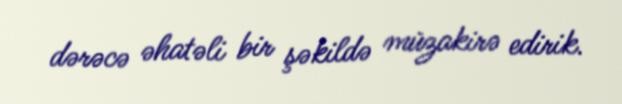
dərəcə əhatəli bir şəkildə müzakirə edirik.